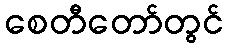
စေတီတော်တွင်